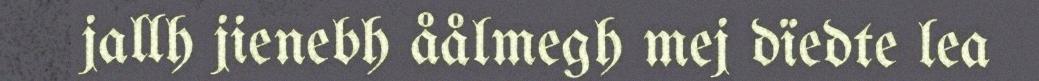
jallh jienebh åålmegh mej dïedte lea